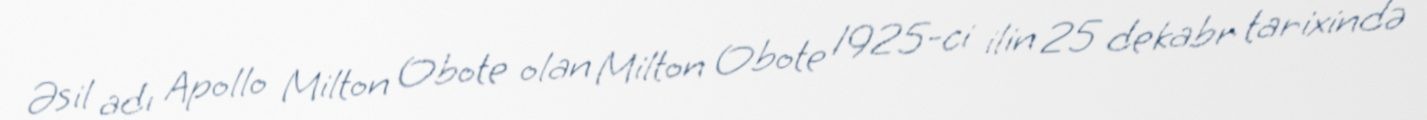
Əsil adı Apollo Milton Obote olan Milton Obote 1925-ci ilin 25 dekabr tarixində